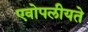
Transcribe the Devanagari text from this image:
एवोपलीयते